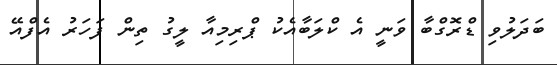
ބަދަލުވި ޑްރޮގްބާ ވަނީ އެ ކްލަބާއެކު ޕްރިމިއާ ލީގު ތިން ފަހަރު އެފްއޭ